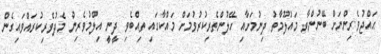
ޙައްޖުވެރިންނަށް ބޭނުންވާ މައުލޫމާތު ދިނުމަށާއި ހޭލުންތެރިކުރުވުމަށް މައްކާގައި ތިއްބެވި ދީނީ އިލްމުވެރިން މެދުވެރިކުރައްވައިގެން